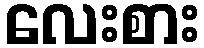
လေးစား